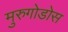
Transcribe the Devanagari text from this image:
मुरुगोडोस